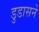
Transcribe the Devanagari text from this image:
डुडासने